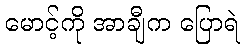
မောင့်ကို အာချီက ပြောရဲ